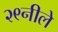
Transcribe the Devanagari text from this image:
२९नीले